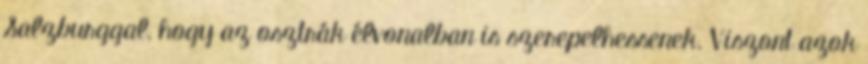
Salzburggal, hogy az osztrák élvonalban is szerepelhessenek. Viszont azok